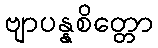
ဗျာပန္နစိတ္တော